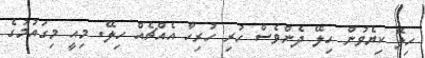
ހިލޭ ކިޔެވުން ހިލޭ ދެންވެސް ހުރި ހުރިހާ އެއްޗެއް ހިލޭ. މިއީ މިގައުމުގެ